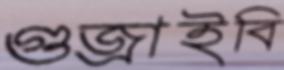
গুজ্‌রাইবি